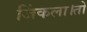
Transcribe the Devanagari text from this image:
जिंकला।तो